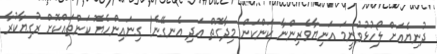
ދުނިޔެއަށް ލޯހުޅުވުނީމަ އަނިޔާވެރިންނާ ކަންކަން މިދާގޮތް އަދި އެނގޭނެ! ގިނައިންހެޔޮ ކަންތައްކޮށް ރުގިޔާކުރާ